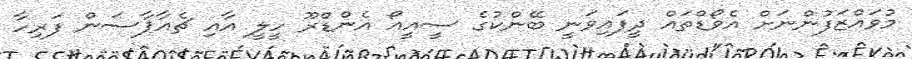
މުވައްޒަފުންނަށް އެވޯޑްތައް ދީފައިވަނީ ބޭންކުގެ ސީއީއޯ އެންޑްރޫ ހީލީ އާއި ޗެއާޕާސަން ފަރިހާ